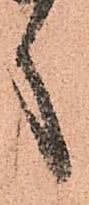
言